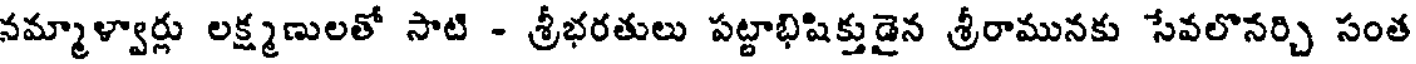
నమ్మాళ్వార్లు లక్ష్మణులతో సాటి - శ్రీభరతులు పట్టాభిషిక్తుడైన శ్రీరామునకు సేవలొనర్చి సంత